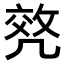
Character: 𠙟